Report of the Indian Hemp Drugs Commission, 1894-1895 - Volume IV
Year: 1894
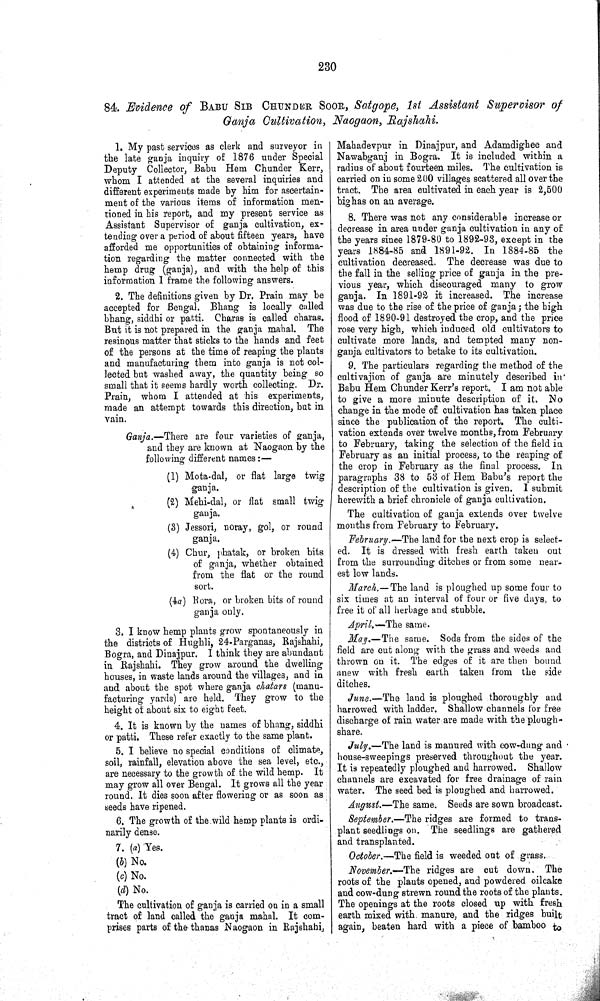
230
84. Evidence of BABU SIR CHUNDER SOOR, Satgope, 1st Assistant Supervisor of
Ganja Cultivation, Naogaon, Rajshahi.
1. My past services as clerk and surveyor in
the late ganja inquiry of 1876 under Special
Deputy Collector, Babu Hem Chunder Kerr,
whom I attended at the several inquiries and
different experiments made by him for ascertain-
ment of the various items of information men-
tioned in his report, and my present service as
Assistant Supervisor of ganja cultivation, ex-
tending over a period of about fifteen years, have
afforded me opportunities of obtaining informa-
tion regarding the matter connected with the
hemp drug (ganja), and with the help of this
information I frame the following answers.
2. The definitions given by Dr. Prain may be
accepted for Bengal. Bhang is locally called
bhang, siddhi or patti. Charas is called charas.
But it is not prepared in the ganja mahal. The
resinous matter that sticks to the hands and feet
of the persons at the time of reaping the plants
and manufacturing them into ganja is not col-
lected but washed away, the quantity being so
small that it seems hardly worth collecting. Dr.
Prain, whom I attended at his experiments,
made an attempt towards this direction, but in
vain.
Ganja.—There are four varieties of ganja,
and they are known at Naogaon by the
following different names:—
(1) Mota-dal, or flat large twig
ganja.
(2) Mehi-dal, or flat small twig
ganja.
(3) Jessori, noray, gol, or round
ganja.
(4) Chur, phatak, or broken bits
of ganja, whether obtained
from the flat or the round
sort.
(4a) Rora, or broken bits of round
ganja only.
3. I know hemp plants grow spontaneously in
the districts of Hughli, 24-Parganas, Rajshahi,
Bogra, and Dinajpur. I think they are abundant
in Rajshahi. They grow around the dwelling
houses, in waste lands around the villages, and in
and about the spot where ganja chatars (manu-
facturing yards) are held. They grow to the
height of about six to eight feet.
4. It is known by the names of bhang, siddhi
or patti. These refer exactly to the same plant.
5. I believe no special conditions of climate,
soil, rainfall, elevation above the sea level, etc.,
are necessary to the growth of the wild hemp. It
may grow all over Bengal. It grows all the year
round. It dies soon after flowering or as soon as
seeds have ripened.
6. The growth of the wild hemp plants is ordi-
narily dense.
7. (a) Yes.
(b) No.
(c) No.
(d) No.
The cultivation of ganja is carried on in a small
tract of land called the ganja mahal. It com-
prises parts of the thanas Naogaon in Rajshahi,
Mahadevpur in Dinajpur, and Adamdighee and
Nawabganj in Bogra. It is included within a
radius of about fourteen miles. The cultivation is
carried on in some 200 villages scattered all over the
tract. The area cultivated in each year is 2,500
big has on an average.
8. There was not any considerable increase or
decrease in area under ganja cultivation in any of
the years since 1879-80 to 1892-93, except in the
years 1884-85 and 1891-92. In 1884-85 the
cultivation decreased. The decrease was due to
the fall in the selling price of ganja in the pre-
vious year, which discouraged many to grow
ganja. In 1891-92 it increased. The increase
was due to the rise of the price of ganja; the high
flood of 1890-91 destroyed the crop, and the price
rose very high, which induced old cultivators to
cultivate more lands, and tempted many non-
ganja cultivators to betake to its cultivation.
9. The particulars regarding the method of the
cultivajion of ganja are minutely described in
Babu Hem Chunder Kerr's report. I am not able
to give a more minute description of it. No
change in the mode of cultivation has taken place
since the publication of the report. The culti-
vation extends over twelve months, from February
to February, taking the selection of the field in
February as an initial process, to the reaping of
the crop in February as the final process. In
paragraphs 38 to 53 of Hem Babu's report the
description of the cultivation is given. I submit
herewith a brief chronicle of ganja cultivation.
The cultivation of ganja extends over twelve
months from February to February.
February.—The land for the next crop is select-
ed. It is dressed with fresh earth taken out
from the surrounding ditches or from some near-
est low lands.
March.—The land is ploughed up some four to
six times at an interval of four or five days, to
free it of all herbage and stubble.
April.—The same.
May.—The same. Sods from the sides of the
field are cut along with the grass and weeds and
thrown on it. The edges of it are then bound
anew with fresh earth taken from the side
ditches.
June.—The land is ploughed thoroughly and
harrowed with ladder. Shallow channels for free
discharge of rain water are made with the plough-
share.
July.—The land is manured with cow-dung and
house-sweepings preserved throughout the year.
It is repeatedly ploughed and harrowed. Shallow
channels are excavated for free drainage of rain
water. The seed bed is ploughed and harrowed.
August.—The same. Seeds are sown broadcast.
September.—The ridges are formed to trans-
plant seedlings on. The seedlings are gathered
and transplanted.
October.—The field is weeded out of grass.
November.—The ridges are cut down. The
roots of the plants opened, and powdered oilcake
and cow-dung strewn round the roots of the plants.
The openings at the roots closed up with fresh
earth mixed with manure, and the ridges built
again, beaten hard with a piece of bamboo to